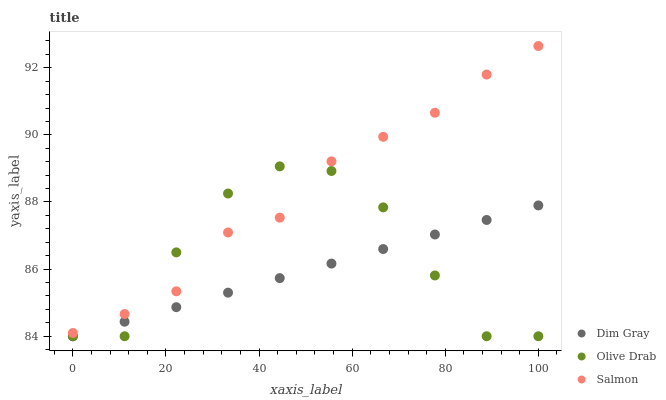
| xaxis_label | Dim Gray | Olive Drab | Salmon |
 | --- | --- | --- | --- |
 | 0 | 84 | 84 | 84.1 |
 | 11.1 | 84.4 | 84 | 84.7 |
 | 22.2 | 84.9 | 86.5 | 85.3 |
 | 33.3 | 85.3 | 88.3 | 87.1 |
 | 44.4 | 85.7 | 89.1 | 87.5 |
 | 55.6 | 86.2 | 88.9 | 89.2 |
 | 66.7 | 86.6 | 87.8 | 89.9 |
 | 77.8 | 87 | 85.8 | 90.7 |
 | 88.9 | 87.5 | 84 | 91.8 |
 | 100 | 87.9 | 84 | 92.6 |